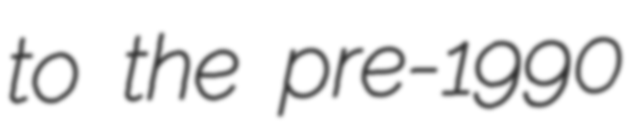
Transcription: to the pre-1990